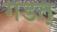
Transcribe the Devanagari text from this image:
गडत्